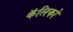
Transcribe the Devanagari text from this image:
कॅलिको